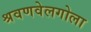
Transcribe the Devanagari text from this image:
श्रवणवेलगोला